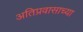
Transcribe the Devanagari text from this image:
अतिप्रवासाच्या